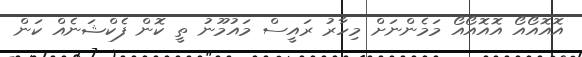
އޮއޮއޯއޯ އޮއޮއޯއޯ މަމެންނަށް މިހާރު ރައީސް މައުމޫނު ތީ ކޮން ފެކްޝަނެއް ކަން